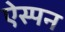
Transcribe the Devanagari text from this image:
ऐस्पन